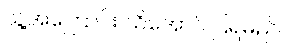
သူ့အကြောင်း သိအောင် ပြရမည်။